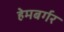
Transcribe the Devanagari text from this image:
हेमबर्गर